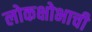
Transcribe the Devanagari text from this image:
लोकक्षोभाची